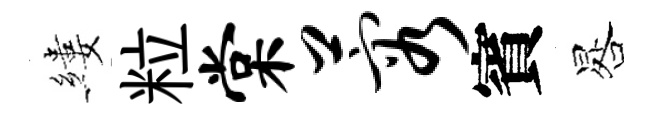
縷粒棠蓉賓晷